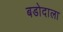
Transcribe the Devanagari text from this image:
बडोदाला